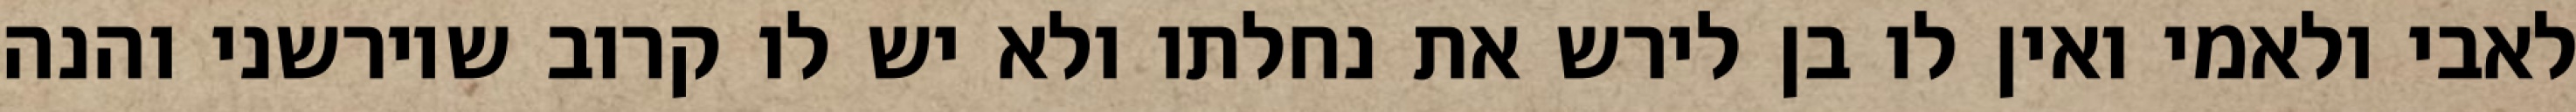
לאבי ולאמי ואין לו בן לירש את נחלתו ולא יש לו קרוב שיורשני והנה